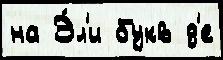
на Э́л'и букв д'е